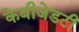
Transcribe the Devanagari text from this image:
केबीजेडटी